Vaccination United Provinces of Agra and Oudh 1914-1922 - 1914-1922
Year: 1914
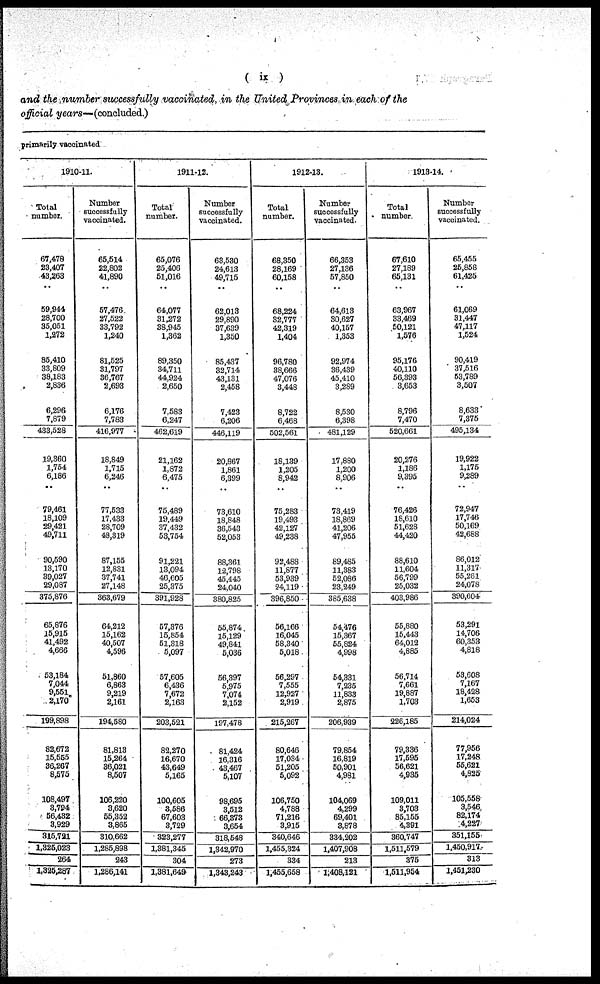
( ix )
and the number successfully vaccinated, in the United Provinces in each of the
official years—(concluded.)
primarily vaccinated
1910-11.
Total
number.
67,478
23,407
43,263
..
59,944
28,700
35,051
1,272
86,410
33,809
38,183
2,836
6,296
7,879
433,528
19,360
1,754
6,186
..
79,461
18,109
29,421
49,711
90,590
13,170
39,027
29,087
375,876
65,876
15,916
41,492
4,666
53,184
7,044
9,551
2,170
199,898
82,672
15,655
36,267
8,575
108,497
3,794
56,432
3,929
315,721
1,326,023
264
1,325,287
Number
successfully
vaccinated.
65,514
22,802
41,890
..
57,476
27,522
33,792
1,240
81,525
31,797
36,767
2,693
6,176
7,783
416,977
18,849
1,715
6,246
..
77,533
17,433
28,709
48,319
87,155
12,831
37,741
27,148
363,679
64,212
15,162
40,507
4,596
51,860
6,863
9,219
2,161
194,580
81,813
15,264
36,021
8,507
106,220
3,620
55,352
3,865
310,662
1,285,898
243
1,286,141
1911-12.
Total
number.
65,076
25,406
51,016
..
64,077
31,272
38,945
1,362
89,350
34,711
44,924
2,650
7,583
6,247
462,619
21,162
1,872
6,475
..
75,489
19,449
37,432
53,754
91,221
13,094
46,605
25,375
391,928
57,376
15,854
51,318
5,097
57,605
6,436
7,672
2,163
203,521
82,270
16,670
43,649
5,165
100,605
3,586
67,603
3,729
323,277
1,381,345
304
1,381,649
Number
successfully
vaccinated.
63,530
24,613
49,715
..
62,013
29,890
37,639
1,350
85,437
32,714
43,131
2,458
7,423
6,206
446,119
20,867
1,861
6,399
..
73,610
18,848
36,543
52,053
88,361
12,798
45,445
24,040
380,825
55,874
15,129
49,841
5,036
56,397
5,975
7,074
2,152
197,478
81,424
16,316
43,467
5,107
98,695
3,512
66,373
3,654
318,548
1,342,970
273
1,343,243
1912-13.
Total
number.
68,350
28,169
60,158
..
68,224
32,777
42,319
1,404
96,780
38,666
47,076
3,448
8,722
6,468
502,561
18,139
1,205
8,942
..
75,283
19,493
42,127
49,238
92,488
11,877
53,939
24,119
396,850
56,166
16,045
58,340
5,018
56,297
7,555
12,927
2,919
215,267
80,646
17,034
51,205
5,092
106,750
4,788
71,216
3,915
340,646
1,455,324
334
1,455,658
Number
successfully
vaccinated.
66,353
27,136
57,850
..
64,613
30,627
40,157
1,353
92,974
36,439
45,410
3,289
8,530
6,398
481,129
17,880
1,200
8,906
..
73,419
18,869
41,206
47,955
89,485
11,383
52,086
23,249
385,638
54,476
15,367
55,824
4,998
54,331
7,235
11,833
2,875
206,939
79,854
16,819
50,901
4,981
104,069
4,299
69,401
3,878
334,202
1,407,908
213
1,408,121
1913-14.
Total
number
67,610
27,189
65,131
..
63,967
33,469
50,121
1,576
95,176
40,110
56,393
3,653
8,796
7,470
520,661
20,276
1,186
9,395
..
76,426
18,610
51,628
44,420
88,610
11,604
56,799
25,032
403,986
55,880
15,443
64,012
4,885
56,714
7,661
19,887
1,703
226,185
79,336
17,595
56,621
4,936
109,011
3,703
85,155
4,391
360,747
1,511,579
375
1,511,954
Number
successfully
vaccinated.
65,455
25,858
61,425
..
61,069
31,447
47,117
1,524
90,419
37,516
53,789
3,507
8,633
7,375
495,134
19,922
1,175
9,289
72,947
17,746
50,169
42,688
86,012
11,317
55,261
24,078
390,604
53,291
14,706
60,353
4,818
53,608
7,167
18,428
1,653
214,024
77,956
17,248
55,621
4,825
105,558
3,546
82,174
4,227
351,155
1,450,917
313
1,451,230